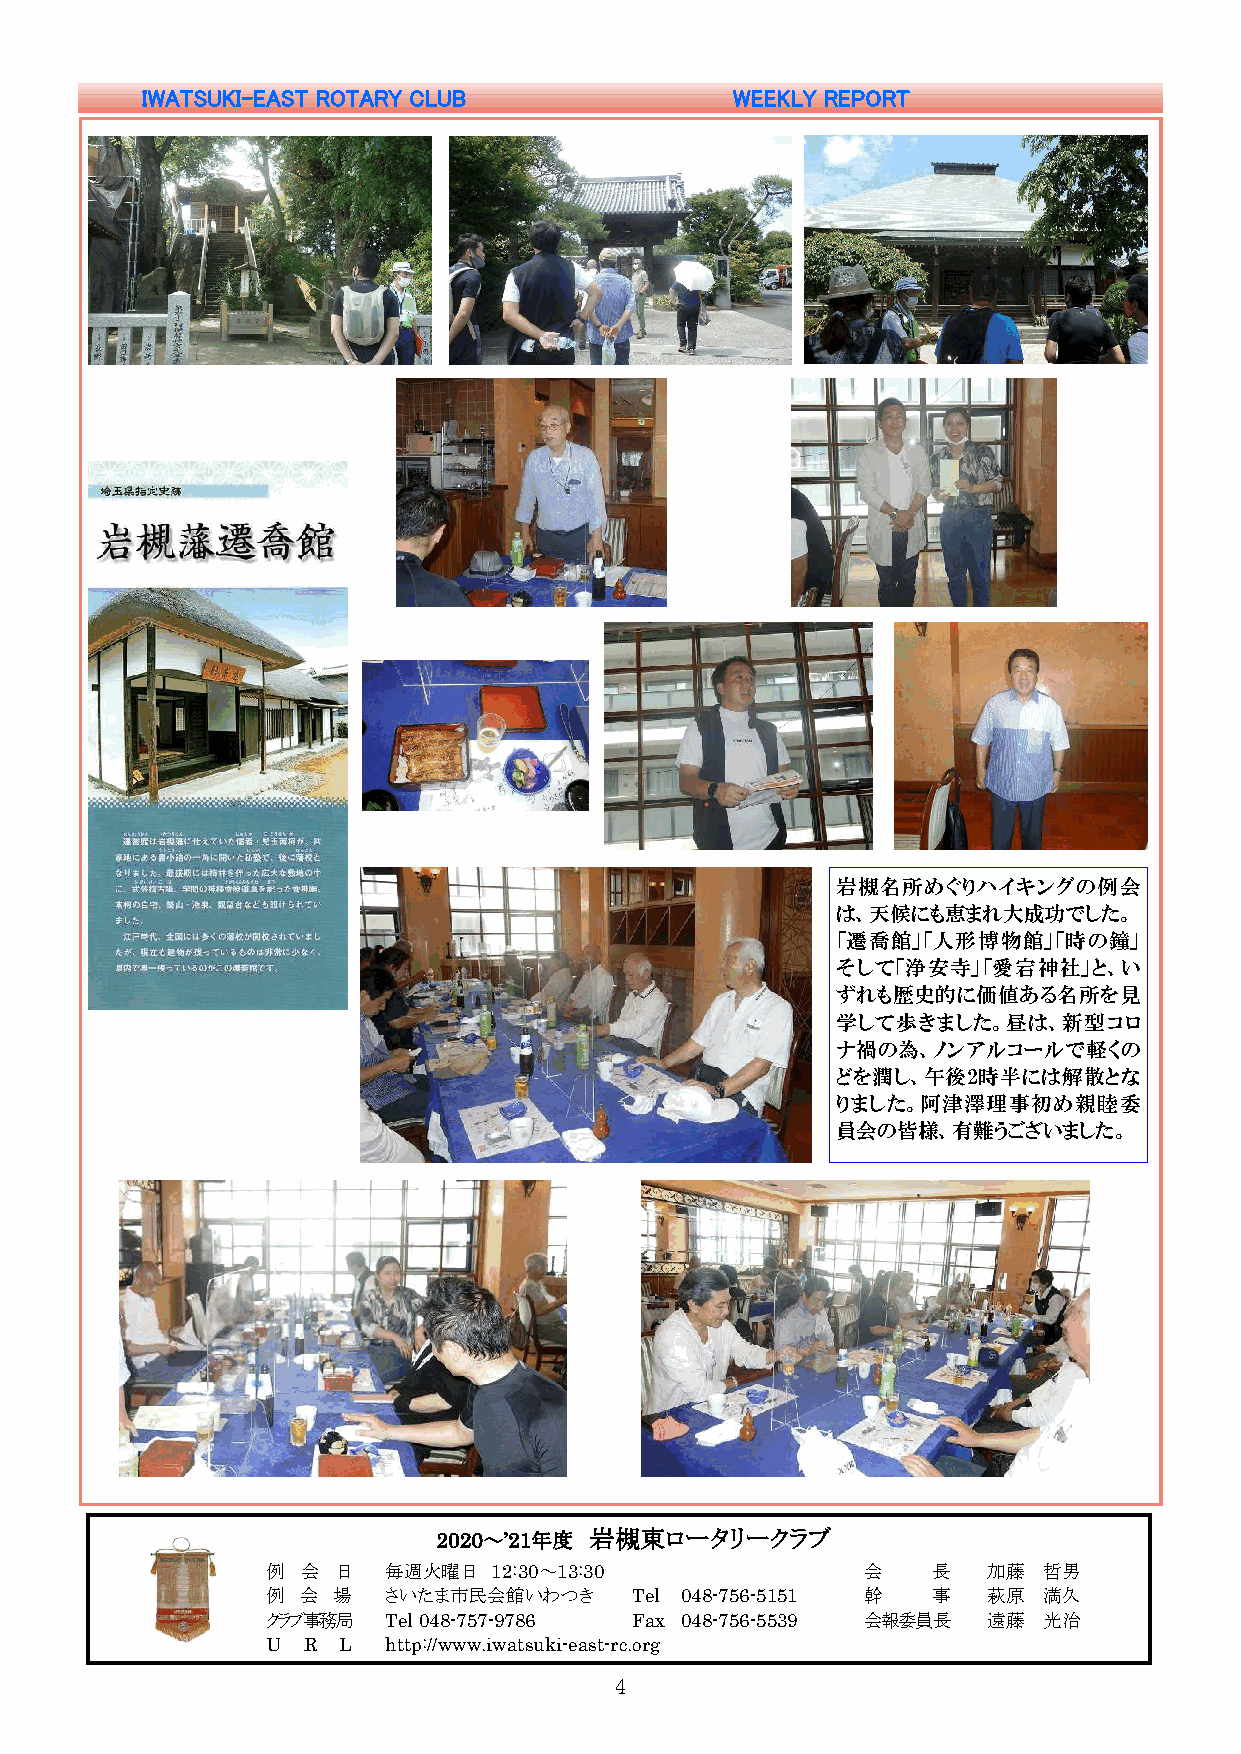
IWATSUKI-EAST ROTARY CLUB               WEEKLY REPORT
 岩槻名所めぐりハイキングの例会
 は、天候にも恵まれ大成功でした。
 「遷喬館」「人形博物館」「時の鐘」
 そして「浄安寺」「愛宕神社」と、い
 ずれも歴史的に価値ある名所を見
 学して歩きました。昼は、新型コロ
 ナ禍の為、ノンアルコールで軽くの
 どを潤し、午後2時半には解散とな
 りました。阿津澤理事初め親睦委
 員会の皆様、有難うございました。
 2020～’21年度 岩槻東ロータリークラブ
 例 会 日  毎週火曜日   12:30～13:30             会    長  加藤  哲男
 例 会 場  さいたま市民会館いわつき     Tel 048-756-5151 幹  事  萩原  満久
 クラブ事務局 Tel 048-757-9786 Fax 048-756-5539 会報委員長 遠藤  光治
 U R L  http://www.iwatsuki-east-rc.org
 4